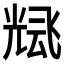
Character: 𲋓